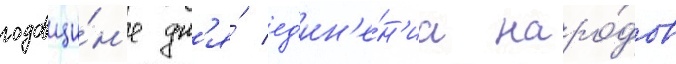
годовщи́н'е дн'я́ ед'ин'е́н'иа наро́дов